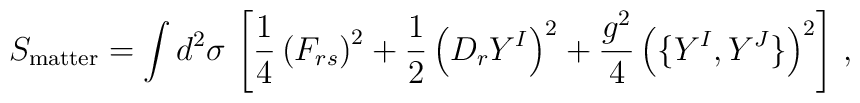
S_{\rm matter}  =  \int d^2 \sigma \,  \left[     \frac{1}{4} \left( F_{rs} \right)^2   + \frac{1}{2} \left( D_r Y^I \right)^2   + \frac{g^2}{4}     \left(      \{ Y^I, Y^J \}     \right)^2  \right] \, ,